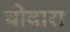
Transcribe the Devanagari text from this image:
चोवारा